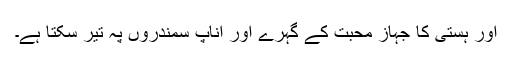
اور ہستی کا جہاز محبت کے گہرے اور اناپ سمندروں پہ تیر سکتا ہے۔